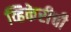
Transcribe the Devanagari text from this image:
व्हिकेरीची